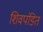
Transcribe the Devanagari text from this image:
शिवपंडित